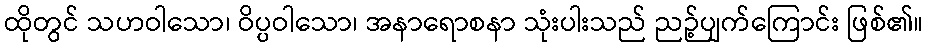
ထိုတွင် သဟဝါသော၊ ဝိပ္ပဝါသော၊ အနာရောစနာ သုံးပါးသည် ညဉ့်ပျက်ကြောင်း ဖြစ်၏။